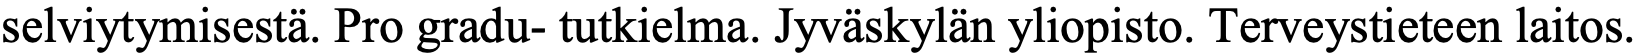
selviytymisestä. Pro gradu- tutkielma. Jyväskylän yliopisto. Terveystieteen laitos.